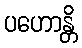
ပဟောန္တိ